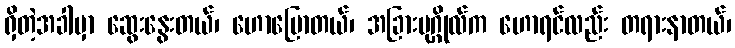
ရှိတဲ့အခါမှာ ဆွေးနွေးတယ်၊ ဟောပြောတယ်၊ အခြားပုဂ္ဂိုလ်က ဟောရင်လည်း တရားနာတယ်၊